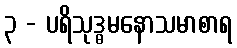
၃ - ပရိသုဒ္ဓမနောသမာစာရ